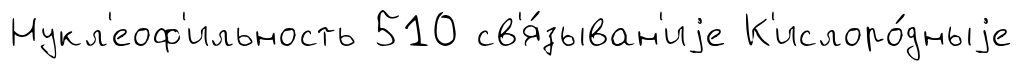
Нукл'еоф'ильность 510 св'я́зыван'иjе К'ислоро́дныjе